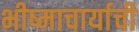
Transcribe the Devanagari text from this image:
भीष्माचार्याची